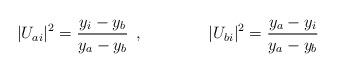
LaTeX: \begin{align*}\vert U_{ai}\vert^2=\frac{y_i-y_b}{y_a-y_b}\:\:,\qquad\qquad\vert U_{bi}\vert^2=\frac{y_a-y_i}{y_a-y_b}\end{align*}